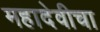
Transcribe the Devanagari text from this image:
महादेवीचा